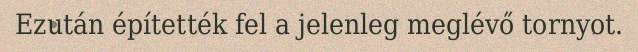
Ezután építették fel a jelenleg meglévő tornyot.